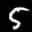
Label: 5